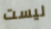
ليست